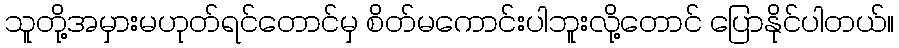
သူတို့အမှားမဟုတ်ရင်တောင်မှ စိတ်မကောင်းပါဘူးလို့တောင် ပြောနိုင်ပါတယ်။